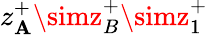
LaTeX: z_{\mathbf{A}}^{+}\simz_{B}^{+}\simz_{1}^{+}